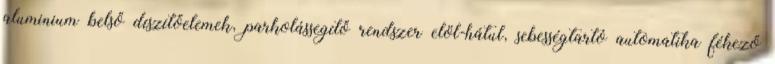
aluminium belső díszítőelemek, parkolássegítő rendszer elöl-hátul, sebességtartó automatika fékező